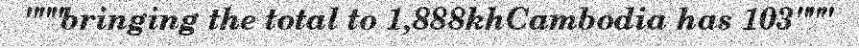
"""bringing the total to 1,888khCambodia has 103"""